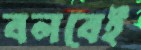
বলবেই